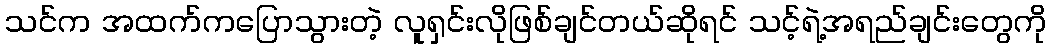
သင်က အထက်ကပြောသွားတဲ့ လူရှင်းလိုဖြစ်ချင်တယ်ဆိုရင် သင့်ရဲ့အရည်ချင်းတွေကို